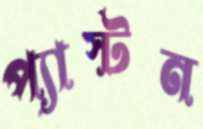
প্যাস্টন